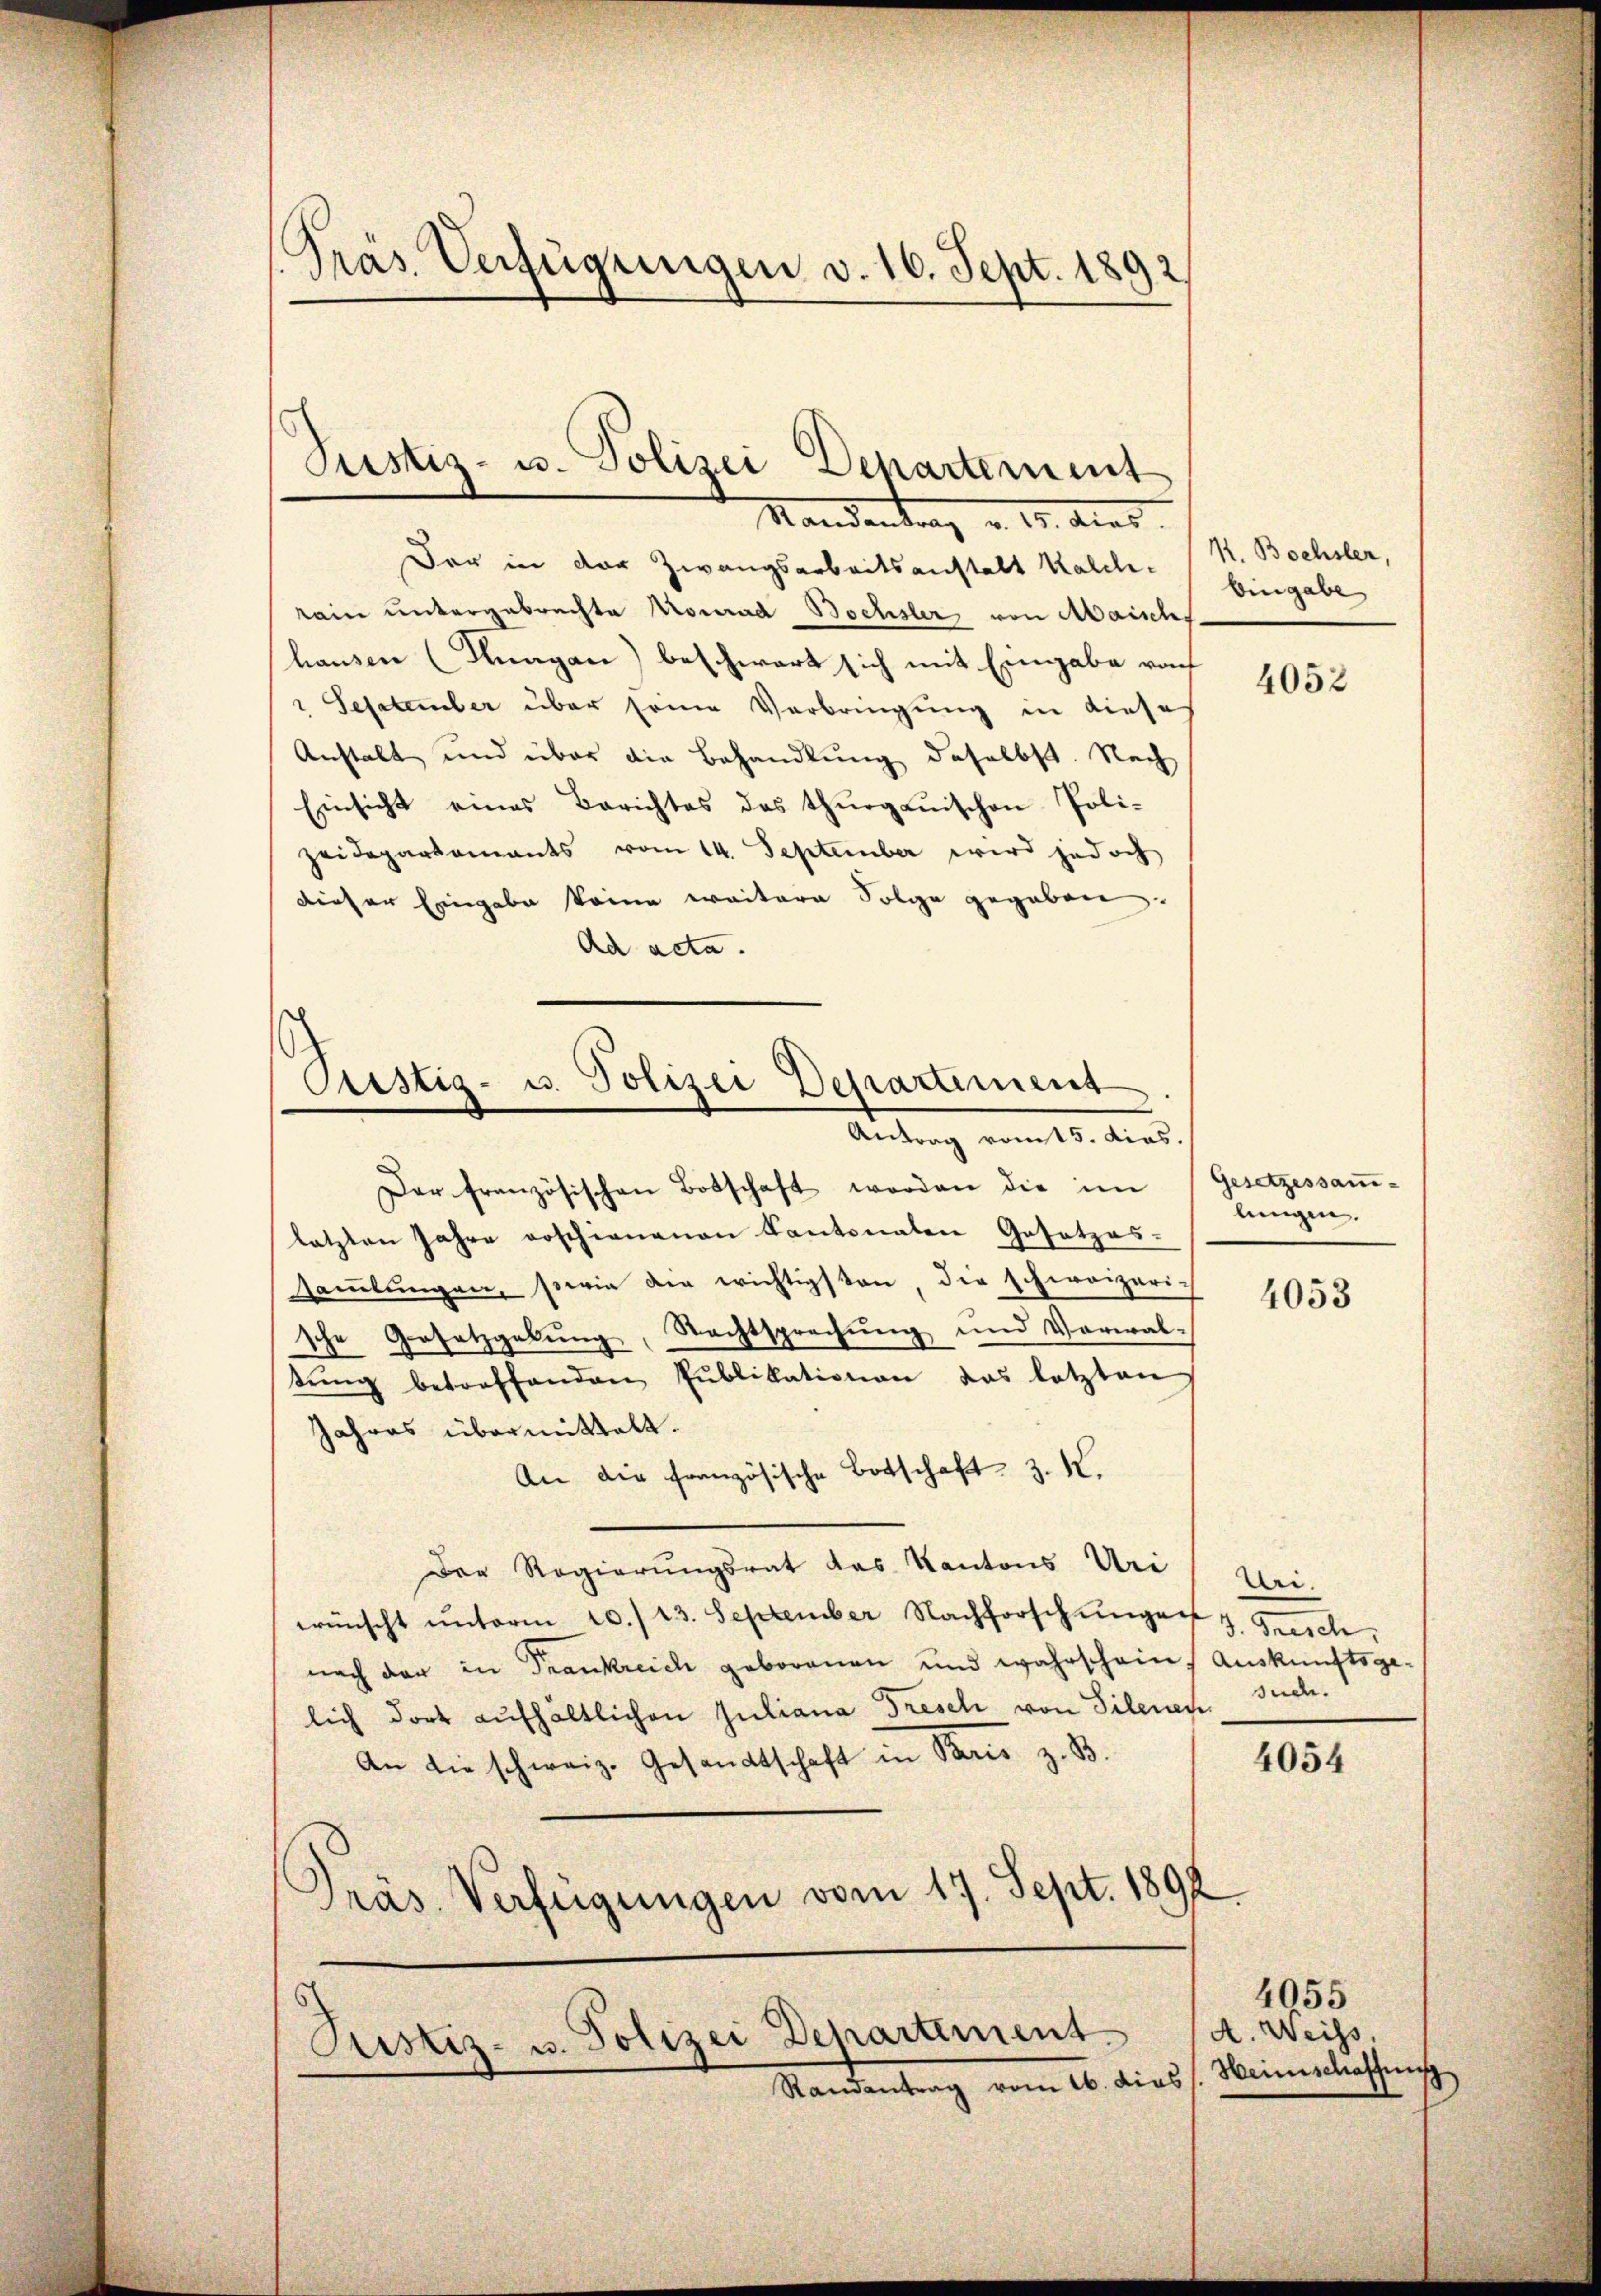
Präs. Verfügungen v. 16. Sept. 1892

Justiz- u. Polizei Departement
Mandantrag v. 15. dies

Antrag vom 15. dias.

Der in der Zwangsarbeitsanstalt Kalchrain untergebrechte Konrad Bochsler von Maischs
hausen (Kungen) beschwart sich mit Eingabe von
" Sesatember über seine Verbringung in diese
Anstalt und über die Behandlung daselbst. Nach
Einsicht eines Berichtes des Thurgauischen Poli-
zeidepartements vom 14. September wird jedoch
dieser Eingabe keine weitere Folge gegeben.
Ad acta.
Pistig- u. Polizei Departement

Der französischen Botschaft worden die im Gesetzessam-
letzten Jahre erschienenen Kantonalen Gesetzes-
samlungen, sowie die wichtigsten die schweizerische Gesetzgebung, Nachtsprechung und Verwaltŭng betreffenden Pŭblikationen das letzten
Jahres übermittelt.
An die französische Botschaft z. K.
Der Regierungsrat das Kantons Uri
wünscht unterm 20./ 13. September Nachforschungen
nach der in Frankreich geborenen und wahrschein, Auskunftsge-
lich dort aufhältlichen Juliana Treschi von Silenes Such.
An die schweiz. Gesandtschaft in Paris z. B.
Präs. Verfügungen vom 17. Sept. 1892

Justiz- u. Polizei Departement

Randantrag vom 16. dies

A. Bochsler,
bingabe

lungen.

4052

4053

Bei.
d. Sonnte.

4054

4055
A. Weiss.
Heimschaffung